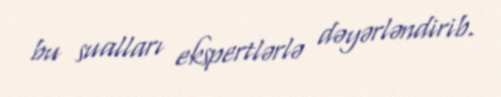
bu sualları ekspertlərlə dəyərləndirib.